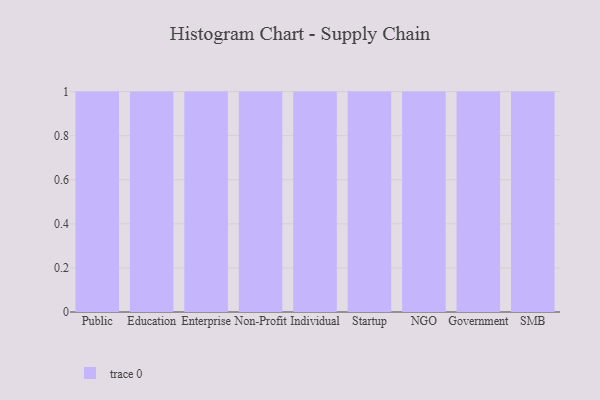
{"axis": {"x": "Segment", "y": "Active Users"}, "legend": [""], "data": [{"x": "Public", "y": 28, "type": ""}, {"x": "Education", "y": 55, "type": ""}, {"x": "Enterprise", "y": 78, "type": ""}, {"x": "Non-Profit", "y": 22, "type": ""}, {"x": "Individual", "y": 58, "type": ""}, {"x": "Startup", "y": 64, "type": ""}, {"x": "NGO", "y": 64, "type": ""}, {"x": "Government", "y": 7, "type": ""}, {"x": "SMB", "y": 86, "type": ""}]}